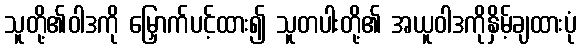
သူတို့၏ဝါဒကို မြှောက်ပင့်ထား၍ သူတပါးတို့၏ အယူဝါဒကိုနှိမ့်ချထားပုံ